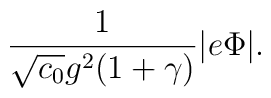
{1 \over \sqrt{c_0} g^2(1+\gamma)}|e\Phi|.